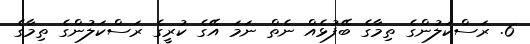
6. ރަސްކަލުންގެ ތިމާގެ ބޭފުޅެއް ނެތް ނަމަ އޭގެ ކުރީގެ ރަސްކަލުންގެ ތިމާގެ